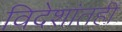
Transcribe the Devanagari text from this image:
विदेशांतही